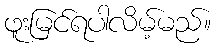
ဖူးမြင်ရပါလိမ့်မည်။